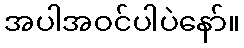
အပါအဝင်ပါပဲနော်။